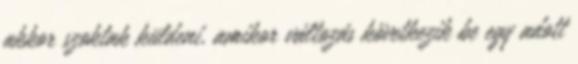
akkor szoktak küldeni, amikor változás következik be egy adott